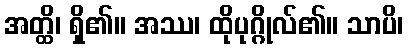
အတ္ထိ၊ ရှိ၏။ အဿ၊ ထိုပုဂ္ဂိုလ်၏။ သာပိ၊